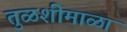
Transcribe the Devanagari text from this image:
तुळशीमाळा